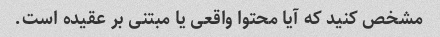
مشخص کنید که آیا محتوا واقعی یا مبتنی بر عقیده است.